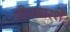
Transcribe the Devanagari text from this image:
तीनचारशें